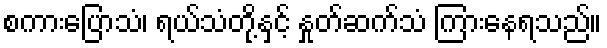
စကားပြောသံ၊ ရယ်သံတို့နှင့် နှုတ်ဆက်သံ ကြားနေရသည်။